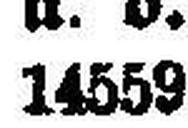
14559